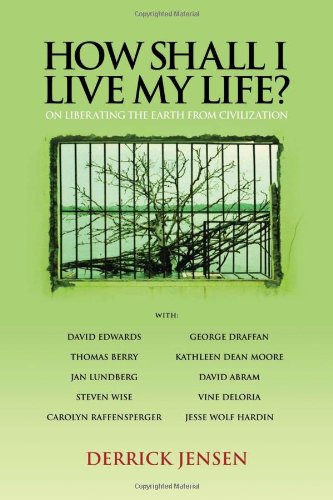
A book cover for How Shall I Live My Life?: On Liberating the Earth from Civilization (PM Press); Derrick Jensen; Science & Math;